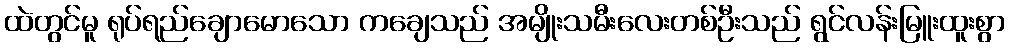
ထဲတွင်မူ ရုပ်ရည်ချောမောသော ကချေသည် အမျိုးသမီးလေးတစ်ဦးသည် ရွင်လန်းမြူးထူးစွာ